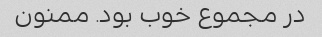
در مجموع خوب بود. ممنون